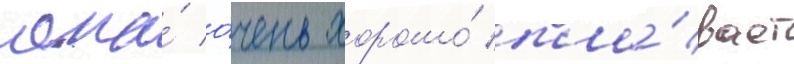
она́ о́чень хорошо́ пла́вает